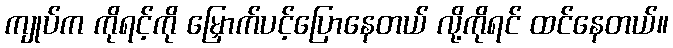
ကျုပ်က ကိုရင့်ကို မြှောက်ပင့်ပြောနေတယ် လို့ကိုရင် ထင်နေတယ်။